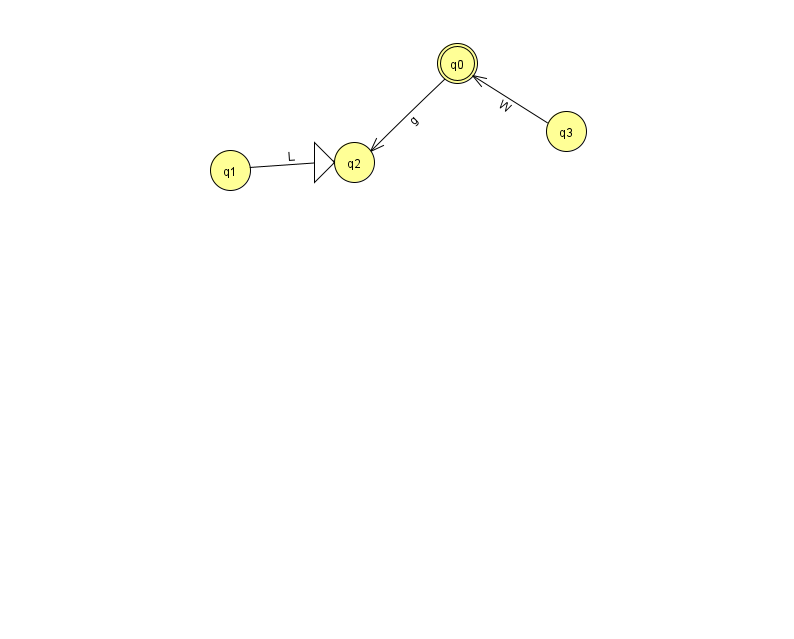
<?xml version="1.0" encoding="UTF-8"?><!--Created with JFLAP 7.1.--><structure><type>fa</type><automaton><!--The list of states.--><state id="0" name="q0"><x>457.0</x><y>50.0</y><final/></state><state id="1" name="q1"><x>230.0</x><y>157.0</y></state><state id="2" name="q2"><x>354.0</x><y>149.0</y><initial/></state><state id="3" name="q3"><x>566.0</x><y>118.0</y></state><!--The list of transitions.--><transition><from>1</from><to>2</to><read>L</read></transition><transition><from>3</from><to>0</to><read>W</read></transition><transition><from>0</from><to>2</to><read>g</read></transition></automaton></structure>